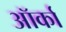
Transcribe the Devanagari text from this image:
ऑर्का